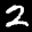
Label: 2